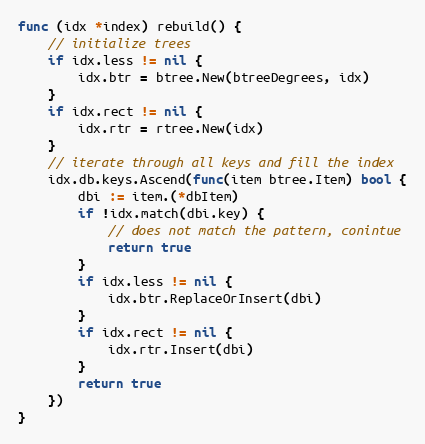
Language: Go
func (idx *index) rebuild() {
	// initialize trees
	if idx.less != nil {
		idx.btr = btree.New(btreeDegrees, idx)
	}
	if idx.rect != nil {
		idx.rtr = rtree.New(idx)
	}
	// iterate through all keys and fill the index
	idx.db.keys.Ascend(func(item btree.Item) bool {
		dbi := item.(*dbItem)
		if !idx.match(dbi.key) {
			// does not match the pattern, conintue
			return true
		}
		if idx.less != nil {
			idx.btr.ReplaceOrInsert(dbi)
		}
		if idx.rect != nil {
			idx.rtr.Insert(dbi)
		}
		return true
	})
}